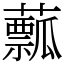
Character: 䕯